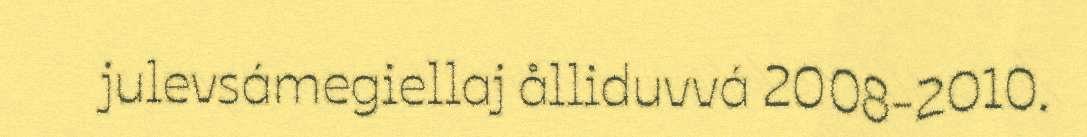
julevsámegiellaj ålliduvvá 2008-2010.